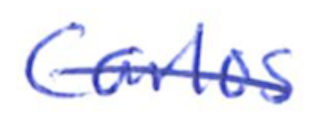
Text: Carlos
Cross-out: mix
Writing tool: ballpoint